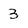
Character: 3